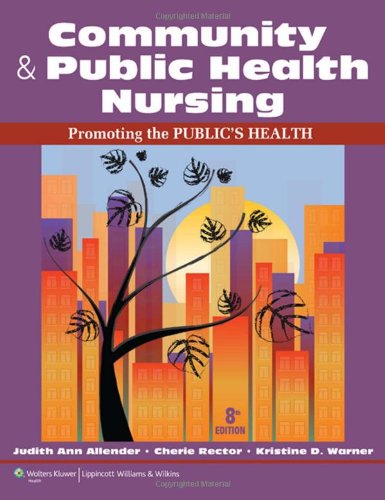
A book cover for Community & Public Health Nursing: Promoting the Public's Health; Judith Allender RN  C  MSN  EdD; Medical Books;